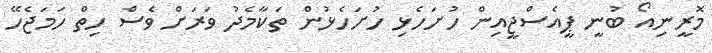
މޮރީނިއޯ ބުނީ ޕީއެސްޖީއިން ހުށަހެޅި ހުށަހެޅުން ތަކާމެދު ވަރަށް ވެސް ހިތް ހަމަޖެހޭ